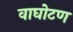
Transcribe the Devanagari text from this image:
वाघोटण